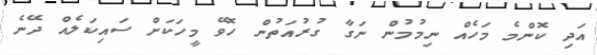
އަދި ކޮންމެ މަހެއް ނިމުމުން ނަގާ ގުރުއަތުން ހޮވޭ މީހަކަށް ސައިކަލެއް ދޭނެ